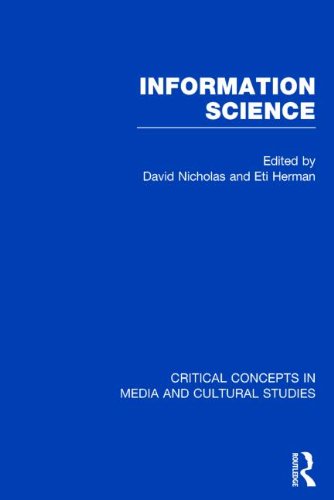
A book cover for Information Science (Critical Concepts in Media and Cultural Studies); Politics & Social Sciences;